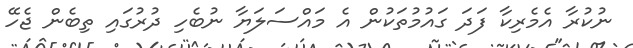
ނުކުރާ އެމެރިކާ ފަދަ ގައުމުތަކުން އެ މައްސަލަޔާ ނުބެހި ދުރުގައި ތިބެން ޖެހޭ